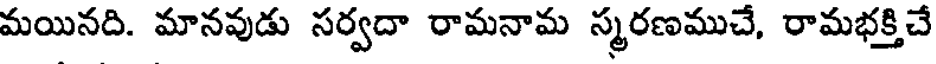
మయినది. మానవుడు సర్వదా రామనామ స్మరణముచే, రామభక్తిచే